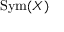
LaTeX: \operatorname { S y m } ( X )